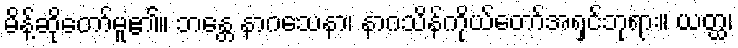
မိန့်ဆိုတော်မူ၏။ ဘန္တေ နာဂသေနာ၊ နာဂသိန်ကိုယ်တော်အရှင်ဘုရား။ ယတ္ထ၊